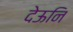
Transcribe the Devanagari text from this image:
देऊनि